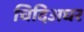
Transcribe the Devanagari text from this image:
चिदिअघर